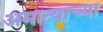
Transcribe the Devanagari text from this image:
अमात्याच्या